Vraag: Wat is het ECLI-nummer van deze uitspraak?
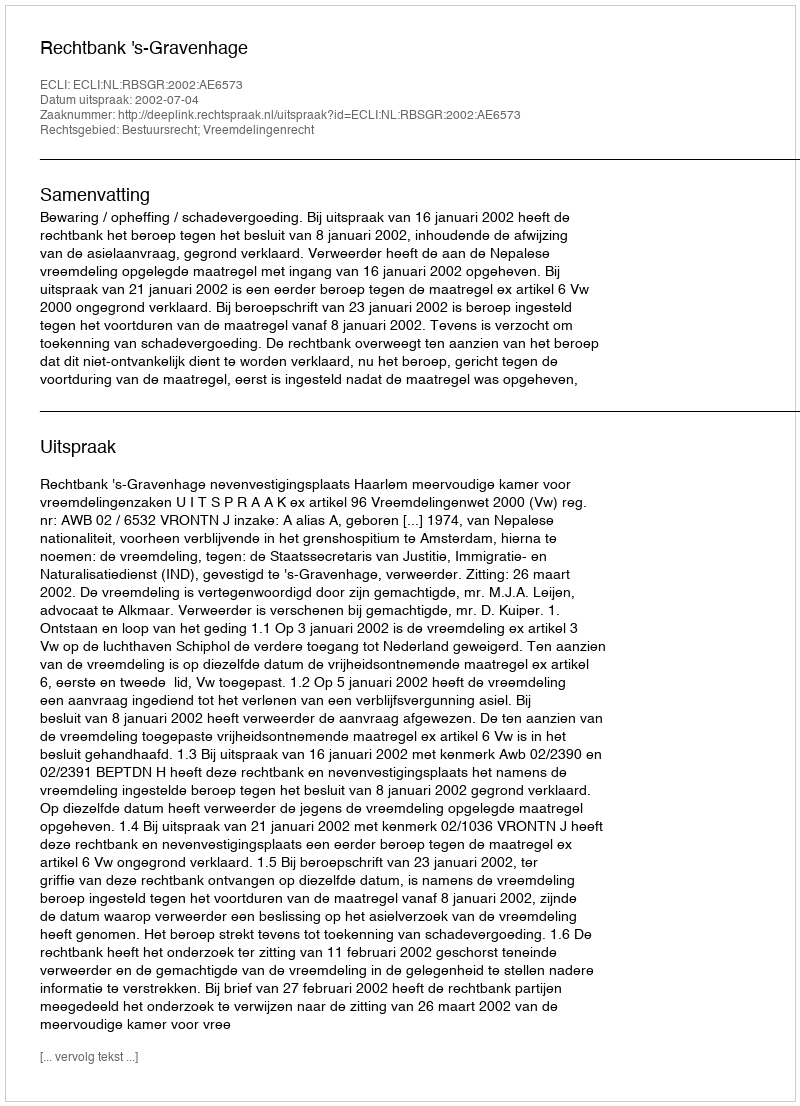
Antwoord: ECLI:NL:RBSGR:2002:AE6573